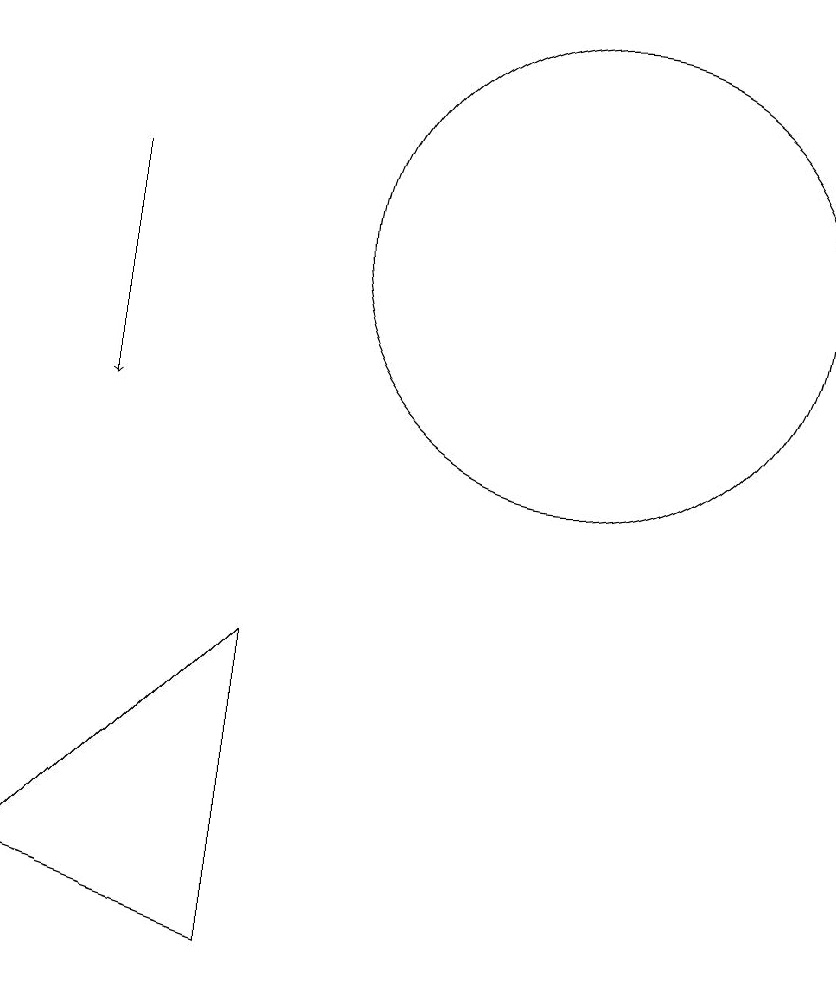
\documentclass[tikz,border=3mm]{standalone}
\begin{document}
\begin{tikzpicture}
\draw (10,12) circle (3);
\draw (6,3) -- (6,7) -- (3,4) -- cycle;
\draw[->] (4,13) -- (4,10);
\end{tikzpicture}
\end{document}